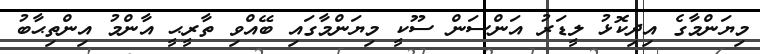
މިޔަންމާގެ އިދިކޮޅު ލީޑަރު އަންސަން ސޫކީ މިޔަންމާގައި ބޭއްވި ތާރީޙީ އާންމު އިންތިޙާބު